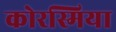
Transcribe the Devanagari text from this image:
कोरस्मिया